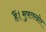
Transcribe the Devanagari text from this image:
हैं।मुफ्तखोर